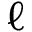
\ell